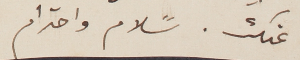
عنك. سًلام واحترام